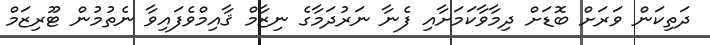
ދަތިކަން ވަރަށް ބޮޑަށް ދިމާވާކަމަށާއި ފެނާ ނަރުދަމާގެ ނިޒާމް ޤާއިމްވެފައިވާ ނެތުުމުން ޓޫރިޒަމް